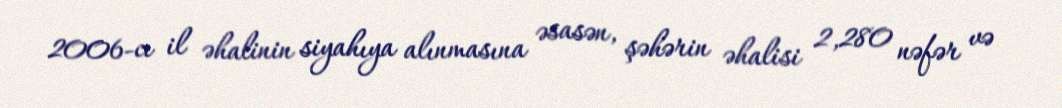
2006-cı il əhalinin siyahıya alınmasına əsasən, şəhərin əhalisi 2,280 nəfər və